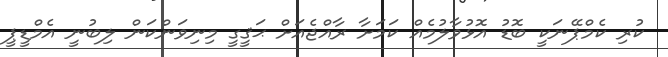
ކުރި ކެމްޕޭނަކީ ބޮޑު އޮޅުވާލުމެއް ކަމަށާ ރާއްޖެއަށް ޙަޤީގީ މިނިވަންކަން ލިބުނީ އެމްޑީޕީ